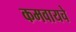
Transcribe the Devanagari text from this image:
कमवायचे